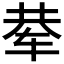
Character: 𰺅